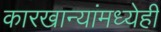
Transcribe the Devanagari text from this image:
कारखान्यांमध्येही